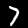
Label: 7